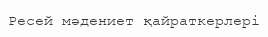
Ресей мәдениет қайраткерлері